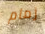
زمام